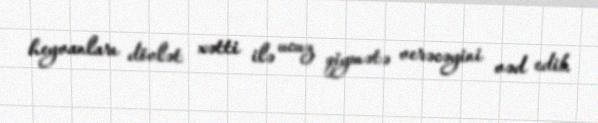
heyvanları dövlət xətti ilə ucuz qiymətə verəcəyini vəd edib.